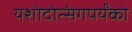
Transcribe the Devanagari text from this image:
यशोदोत्संगपर्यंको